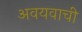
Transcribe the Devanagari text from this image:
अवयवाची